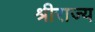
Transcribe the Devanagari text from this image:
श्रीराज्य